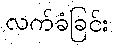
လက်ခံခြင်း